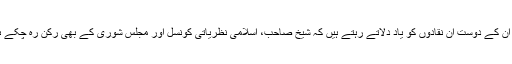
سو ان کے دوست ان نقادوں کو یاد دلاتے رہتے ہیں کہ شیخ صاحب، اسلامی نظریاتی کونسل اور مجلس شوریٰ کے بھی رکن رہ چکے ہیں۔